Civil Veterinary Dept. Bombay admin report 1923-31 - 1923-1931
Year: 1923
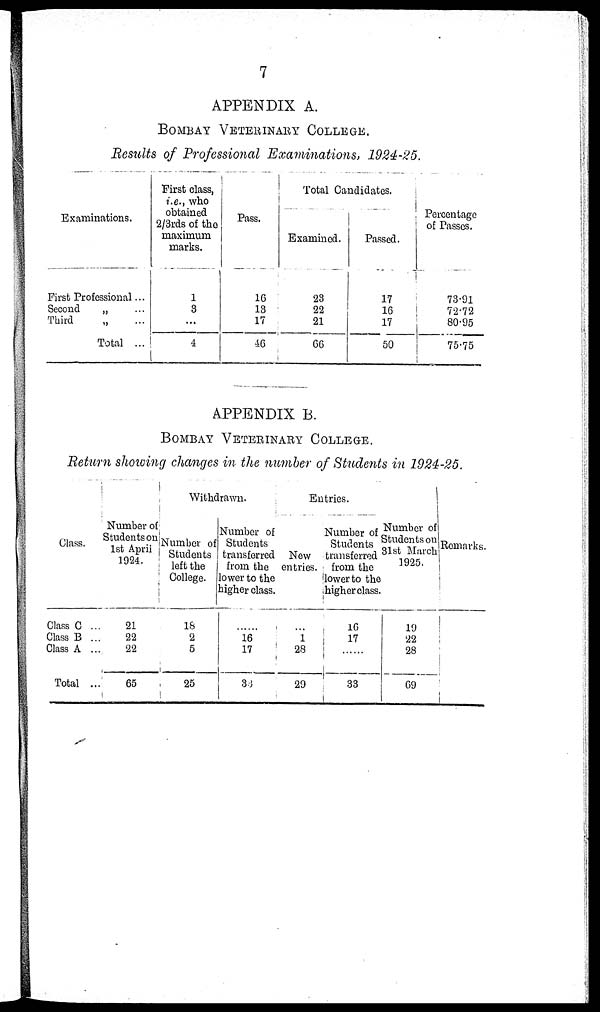
7
APPENDIX A.
BOMBAY VETERINARY COLLEGE.
Results of Professional Examinations, 1924-25.
Examinations.
First Professional ...
Second
„ ...
Third
„
...
Total ...
First class,
i.e., who
obtained
2/3rds of the
maximum
marks.
1
3
...
4
Pass.
16
13
17
46
Total Candidates.
Examined.
23
22
21
66
Passed.
17
16
17
50
Percentage
of Passes.
73.91
72.72
80.95
75.75
APPENDIX B.
BOMBAY
VETERINARY
COLLEGE.
Return showing changes in the number of Students in 1924-25.
Class.
Class C ...
Class B ...
Class A ...
Total ...
Number of
Students on
1st April
1924.
21
22
22
65
Withdrawn.
Number of
Students
left the
College.
16
2
5
25
Number of
Students
transferred
from the
lower to the
higher class.
...
16
17
33
Entries.
New
entries.
...
...
28
29
Number of
Students
transferred
from the
lower to the
higher class.
16
17
33
Number of
Students on
31st March
1925.
19
22
28
69
Remarks.